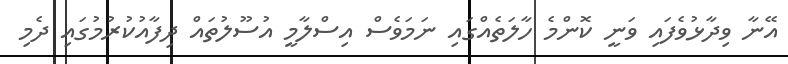
އޭނާ ވިދާޅުވެފައި ވަނީ ކޮންމެ ހާލަތެއްގައި ނަމަވެސް އިސްލާމީ އުސޫލުތައް ދިފާއުކުރުމުގައި ދެމި